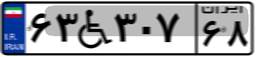
۶۳W۳۰۷۶۸